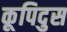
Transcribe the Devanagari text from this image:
कूपिदुस